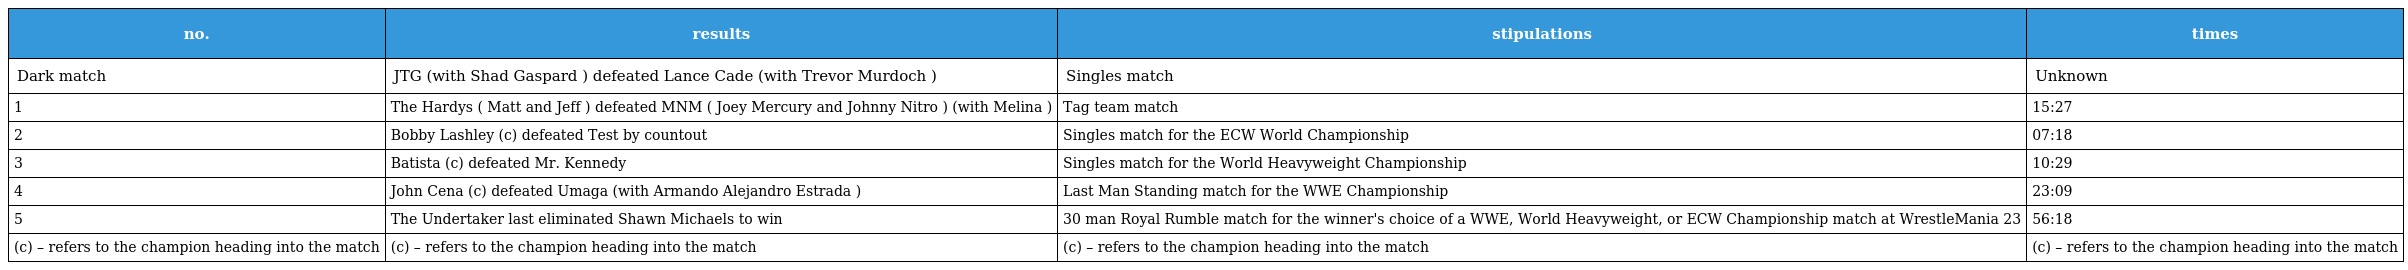
| no. | results | stipulations | times |
 | --- | --- | --- | --- |
 | Dark match | JTG (with Shad Gaspard ) defeated Lance Cade (with Trevor Murdoch ) | Singles match | Unknown |
 | 1 | The Hardys ( Matt and Jeff ) defeated MNM ( Joey Mercury and Johnny Nitro ) (with Melina ) | Tag team match | 15:27 |
 | 2 | Bobby Lashley (c) defeated Test by countout | Singles match for the ECW World Championship | 07:18 |
 | 3 | Batista (c) defeated Mr. Kennedy | Singles match for the World Heavyweight Championship | 10:29 |
 | 4 | John Cena (c) defeated Umaga (with Armando Alejandro Estrada ) | Last Man Standing match for the WWE Championship | 23:09 |
 | 5 | The Undertaker last eliminated Shawn Michaels to win | 30 man Royal Rumble match for the winner's choice of a WWE, World Heavyweight, or ECW Championship match at WrestleMania 23 | 56:18 |
 | (c) – refers to the champion heading into the match | (c) – refers to the champion heading into the match | (c) – refers to the champion heading into the match | (c) – refers to the champion heading into the match |